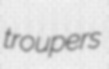
troupers